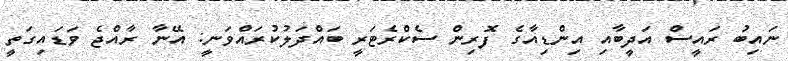
ނައިބު ރައީސް އަދީބާއި އިންޑިއާގެ ފޮރިން ސެކްރެޓަރީ ބައްދަލުކުރައްވަނީ: އޭނާ ރާއްޖެ ވަޑައިގަތީ